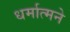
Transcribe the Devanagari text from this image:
धर्मात्मने